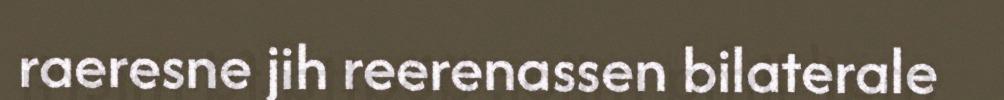
raeresne jih reerenassen bilaterale